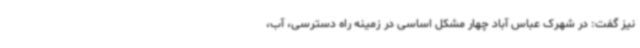
نیز گفت: در شهرک عباس آباد چهار مشکل اساسی در زمینه راه دسترسی، آب،